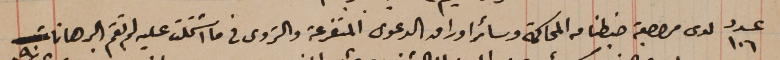
عدد ١٠٦ لدى مراجعة ضبطنا من المحاكمة وسائر اوراق الدعوى المتفرعة والتروى في ما اشتملت عليه لم تقم البرهانات